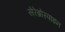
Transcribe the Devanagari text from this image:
सेरेब्रोस्पाइन